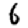
Digit: 6